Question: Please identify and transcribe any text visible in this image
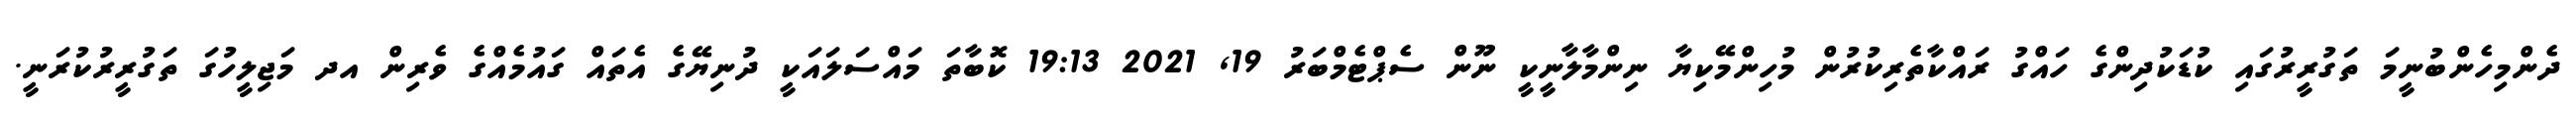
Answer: ދެންމިހެންބުނީމަ ތަގުރީރުގައި ކުޑަކުދިންގެ ހައްގު ރައްކާތެރިކުރުން މުހިންމޭކިޔާ ނިންމާލާނީކީ ނޫން ސެޕްޓެމްބަރު 19, 2021 19:13 ކޮބާތަ މައްސަލައަކީ ދުނިޔޭގެ އެތައް ގައުމެއްގެ ވެރިން އދ މަޖިލީހުގަ ތަގުރީރުކުރަނީ.